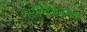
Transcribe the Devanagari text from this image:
स्पॅनिशभाषक